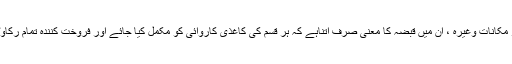
البتہ وہ اشیا ءجن کی نقل و حمل ممکن نہیں جیسے اراضی اور مکانات وغیرہ ، ان میں قبضہ کا معنی صرف اتناہے کہ ہر قسم کی کاغذی کاروائی کو مکمل کیا جائے اور فروخت کنندہ تمام رکاوٹیں دور کر کے خریدارکو تصرف کا پورا موقع فراہم کر دے۔